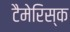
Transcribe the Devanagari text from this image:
टैमेरिस्क